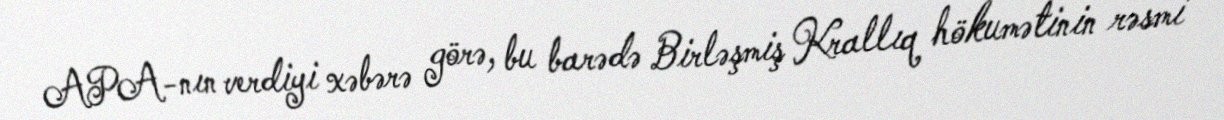
APA-nın verdiyi xəbərə görə, bu barədə Birləşmiş Krallıq hökumətinin rəsmi